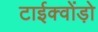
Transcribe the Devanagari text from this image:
टाईक्वोंड़ो